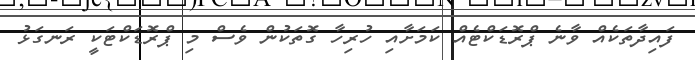
ފައިދާތަކެއް ވާނެ ޕްރޮޑަކްޓެއް ކަމަށާއި ހުރިހާ ގޮތަކުން ވެސް މި ޕްރޮޑަކްޓަކީ ރަނގަޅު